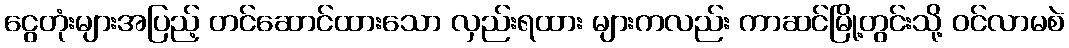
ငွေတုံးများအပြည့် တင်ဆောင်ထားသော လှည်းရထား များကလည်း ကာဆင်မြို့တွင်းသို့ ဝင်လာမစဲ